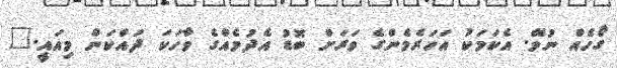
ގޯހެއް ނުވޭ. އެކަމަކު އަހަރެމެންގެ ވަރަށް ބޮޑު އެދުމެއްގެ ވާހަކަ ދައްކަން މިއައީ."